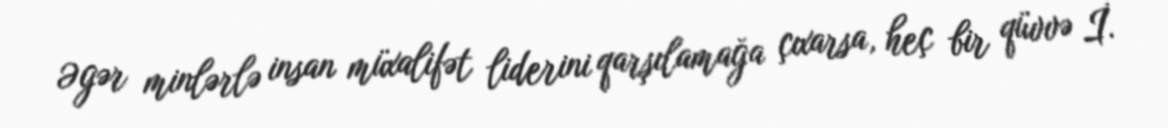
Əgər minlərlə insan müxalifət liderini qarşılamağa çıxarsa, heç bir qüvvə İ.